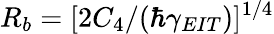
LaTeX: R_{b}=[2C_{4}/(\hbar\gamma_{EIT})]^{1/4}